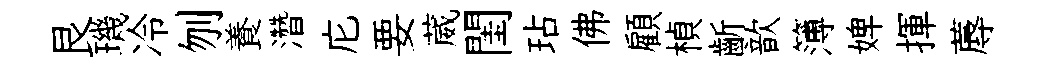
艮璣冷刎養濳庀要葳閨玷佛顧楨齗歆簿婢揮蓐